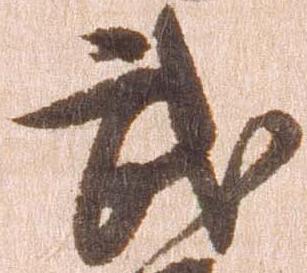
武